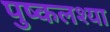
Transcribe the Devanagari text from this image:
पुष्कलश्या